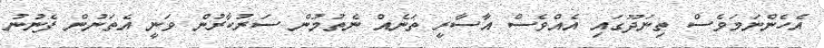
އެހެންނަމަވެސް ތިނަދޫގައި އެއްވެސް އާސާރީ ތަނެއް ނެތުމުން ސަރުކާރުން ވަނީ އެތަނުން ފެނުނު